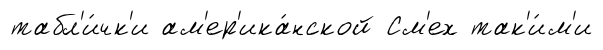
табл'и́чк'и ам'ер'ика́нской См'ех так'и́м'и